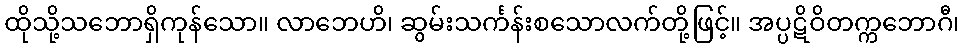
ထိုသို့သဘောရှိကုန်သော။ လာဘေဟိ၊ ဆွမ်းသင်္ကန်းစသောလက်တို့ဖြင့်။ အပ္ပဋိဝိတက္ကဘောဂီ၊